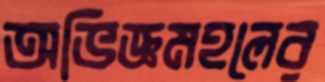
অভিজ্ঞমহলের